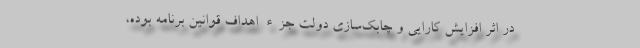
در اثر افزایش کارایی و چابک‌سازی دولت جزء اهداف قوانین برنامه بوده،